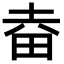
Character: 𤱒